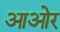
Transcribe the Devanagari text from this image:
आओर